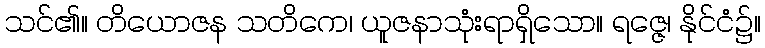
သင်၏။ တိယောဇန သတိကေ၊ ယူဇနာသုံးရာရှိသော။ ရဇ္ဇေ၊ နိုင်ငံ၌။